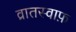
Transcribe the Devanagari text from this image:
व्रातस्वाफ़